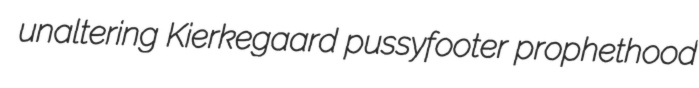
unaltering Kierkegaard pussyfooter prophethood